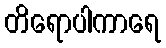
တိရောပါကာရေ